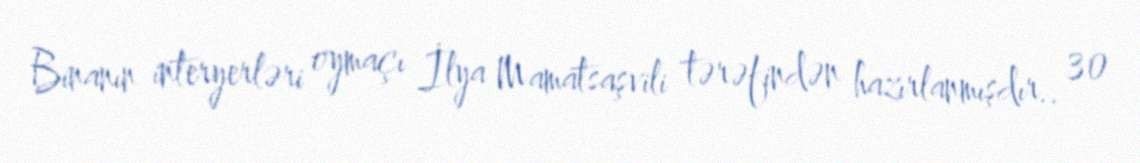
Binanın interyerləri oymaçı İlya Mamatsaşvili tərəfindən hazırlanmışdır.. 30